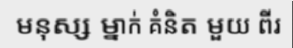
មនុស្ស ម្នាក់ គំនិត មួយ ពីរ